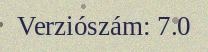
Verziószám: 7.0